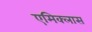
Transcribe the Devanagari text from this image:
एमिक्लास